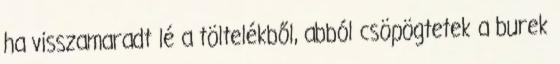
ha visszamaradt lé a töltelékből, abból csöpögtetek a burek